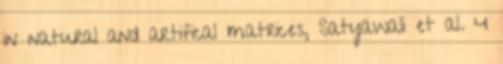
in natural and artifical matrices, Satyawali et al. 4